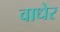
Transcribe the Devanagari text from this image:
वाधेर